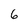
Character: 6